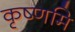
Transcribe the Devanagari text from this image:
कृष्णमि